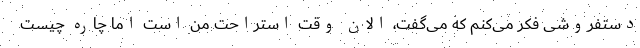
دستفروشی فکر می‌کنم که می‌گفت، الان وقت استراحت من است اما چاره چیست